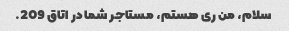
سلام، من ری هستم، مستاجر شما در اتاق 209.